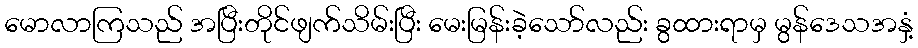
မောလာကြသည် အပြီးတိုင်ဖျက်သိမ်းပြီး မေးမြန်းခဲ့သော်လည်း ခွထားရာမှ မွန်ဒေသအနှံ့